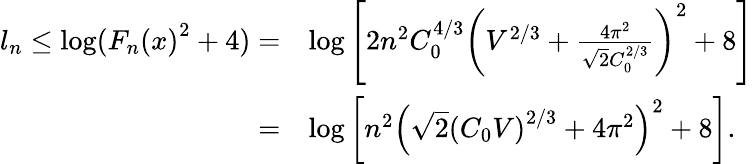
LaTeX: \begin{array}{rl}{l_{n}\leq\log({F_{n}(x)}^{2}+4)=}&{\log\left[2n^{2}C_{0}^{4/3}\left(V^{2/3}+\frac{4\pi^{2}}{\sqrt{2}C_{0}^{2/3}}\right)^{2}+8\right]}\\ {=}&{\log\left[n^{2}\left(\sqrt{2}\left(C_{0}V\right)^{2/3}+4\pi^{2}\right)^{2}+8\right].}\end{array}